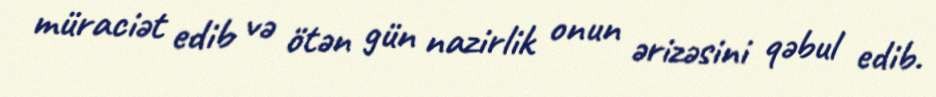
müraciət edib və ötən gün nazirlik onun ərizəsini qəbul edib.